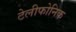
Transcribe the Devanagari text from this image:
टेलीफोनिक